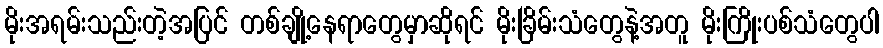
မိုးအရမ်းသည်းတဲ့အပြင် တစ်ချို့နေရာတွေမှာဆိုရင် မိုးခြိမ်းသံတွေနဲ့အတူ မိုးကြိုးပစ်သံတွေပါ